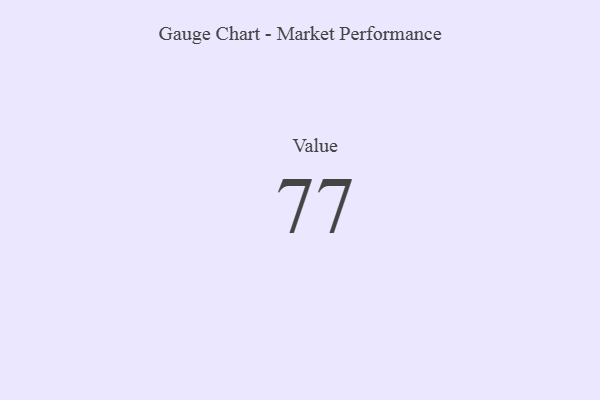
{"axis": {"x": "Metric", "y": "Value"}, "legend": [""], "data": [{"x": "Value", "y": 77, "type": ""}]}